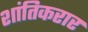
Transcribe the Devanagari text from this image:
शांतिकरार